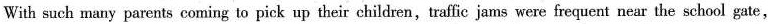
With such many parents coming to pick up their children, traffic jams were frequent near the school gate,